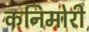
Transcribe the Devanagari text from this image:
कनिमोरी